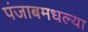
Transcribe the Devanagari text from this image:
पंजाबमधल्या